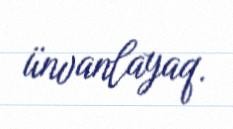
ünvanlayaq.